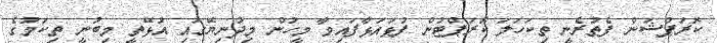
ކޮރަޕްޝަން ފެތުރެނީ ތިކަހަލަ ކޮރަޕްޓުން ފުޅައަޅާފައިވާ މީހުން މިދުނިޔޭގައި އުޅޭތީ މިބުނީ ތިކަމުގެ